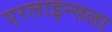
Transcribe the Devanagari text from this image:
एरलाइन्सला